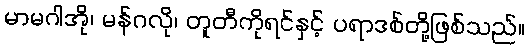
မာမဂါအို၊ မန်ဂလို၊ တူတီကိုရင်နှင့် ပရာဒစ်တို့ဖြစ်သည်။